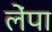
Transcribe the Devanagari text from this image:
लेंपा